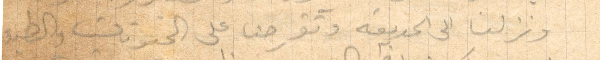
ونزلنا الى الحديقه وتفرجنا على حيوانات والطيور